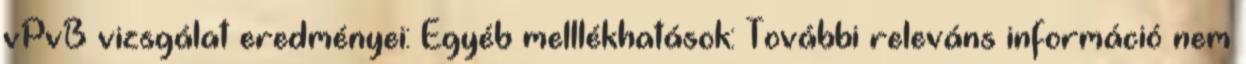
vPvB vizsgálat eredményei: Egyéb melllékhatások: További releváns információ nem